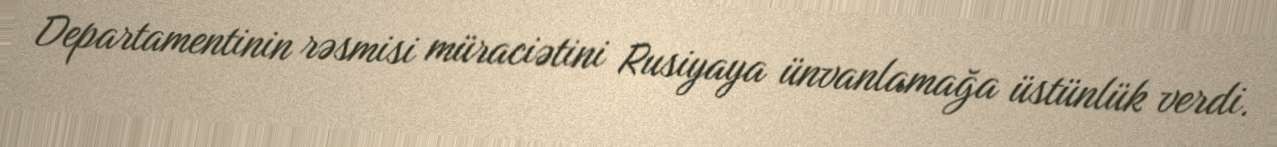
Departamentinin rəsmisi müraciətini Rusiyaya ünvanlamağa üstünlük verdi.